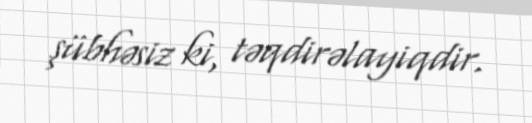
şübhəsiz ki, təqdirəlayiqdir.